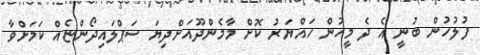
ފުލުހުން ބުނީ އެ ދެ މީހުން ހައްޔަރު ކޮށް މާމެންދޫއަށްދިޔަ ސަޕްލައިދޯންޏެއް ކަމަށްވާ